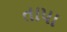
તાપા